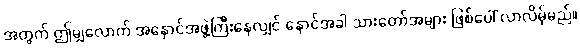
အတွက် ဤမျှလောက် အနှောင်အဖွဲ့ကြီးနေလျှင် နောင်အခါ သားတော်အများ ဖြစ်ပေါ် လာလိမ့်မည်။